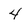
Character: 4